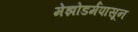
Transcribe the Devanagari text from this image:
मेझोडर्मपासून